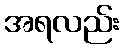
အရလည်း